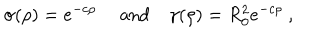
\sigma ( \rho ) = e ^ { - c \rho } ~ \quad \mathrm { a n d } \quad \gamma ( \rho ) = R _ { 0 } ^ { 2 } e ^ { - c \rho } \ ,